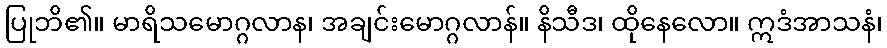
ပြုဘိ၏။ မာရိသမောဂ္ဂလာန၊ အချင်းမောဂ္ဂလာန်။ နိသီဒ၊ ထိုနေလော။ ဣဒံအာသနံ၊